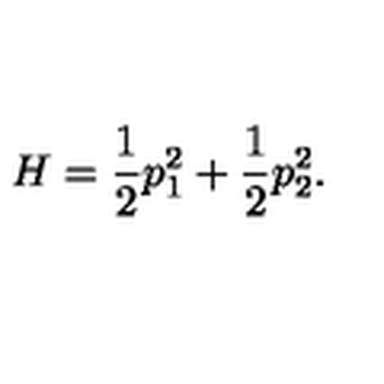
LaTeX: H = \frac { 1 } { 2 } p _ { 1 } ^ { 2 } + \frac { 1 } { 2 } p _ { 2 } ^ { 2 } .